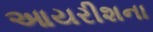
આયરીશના